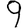
Digit: 9